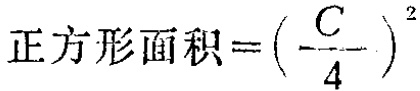
正方形面积=\((\frac{C}{4})^2\)